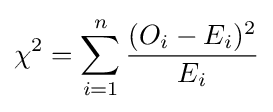
\chi ^{2}=\sum _{i=1}^{n}{\frac {(O_{i}-E_{i})^{2}}{E_{i}}}